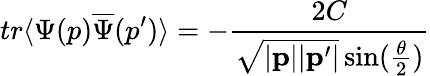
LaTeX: tr\langle\Psi(p)\overline{{{\Psi}}}(p^{\prime})\rangle=-\frac{2C}{\sqrt{|{\mathbf p}||{\mathbf p}^{\prime}|}\sin(\frac{\theta}{2})}